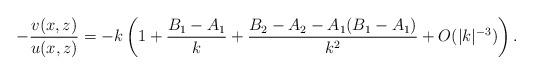
LaTeX: \begin{align*}- \frac{v(x,z)}{u(x,z)} = -k \left( 1 + \frac{B_1 - A_1}k + \frac{B_2 - A_2 - A_1(B_1 - A_1)}{k^2} + O(\lvert k\rvert^{-3}) \right).\end{align*}